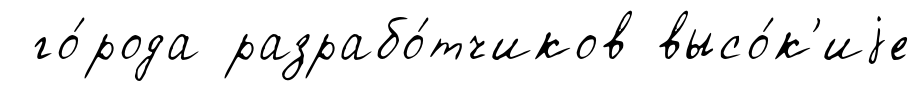
го́рода разрабо́тчиков высо́к'иjе